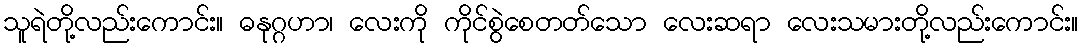
သူရဲတို့လည်းကောင်း။ ဓနုဂ္ဂဟာ၊ လေးကို ကိုင်စွဲစေတတ်သော လေးဆရာ လေးသမားတို့လည်းကောင်း။